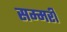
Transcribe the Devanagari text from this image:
सम्मरी